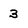
Character: 3